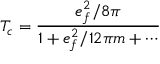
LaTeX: T _ { c } = \frac { e _ { f } ^ { 2 } / 8 \pi } { 1 + e _ { f } ^ { 2 } / 1 2 \pi m + \cdots }